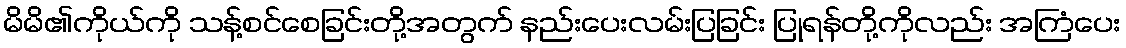
မိမိ၏ကိုယ်ကို သန့်စင်စေခြင်းတို့အတွက် နည်းပေးလမ်းပြခြင်း ပြုရန်တို့ကိုလည်း အကြံပေး